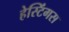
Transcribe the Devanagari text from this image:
हेस्टिंगस